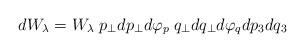
LaTeX: \begin{align*}dW_{\lambda}=W_{\lambda}\;p_{\perp}dp_{\perp} d\varphi_p\;q_{\perp}dq_{\perp}d\varphi_q dp_3 dq_3\end{align*}